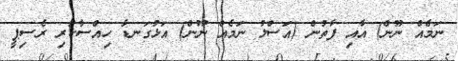
ނަމެއް ނޫން) އާއި ފާތުން (އަސްލު ނަމެއް ނޫން) އަޅުގަނޑާ ހިއްސާކުރި ރެސިޕީ